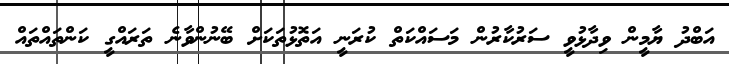
އަބްދު ޔާމީން ވިދާޅުވީ ސަރުކާރުން މަސައްކަތް ކުރަނީ އަތޮޅުތަކަށް ބޭނުންވާނެ ތަރައްގީ ކަންތައްތައް